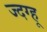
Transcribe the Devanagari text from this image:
ज्दग्हू